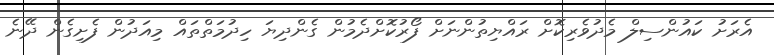
އެރަށު ކައުންސިލް މެދުވެރިކޮށް ރައްޔިތުންނަށް ފޯރުކޮށްދެމުން ގެންދިޔަ ހިދުމަތްތައް މިއަދުން ފެށިގެން ދޭނެ